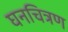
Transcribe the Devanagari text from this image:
घनचित्रण